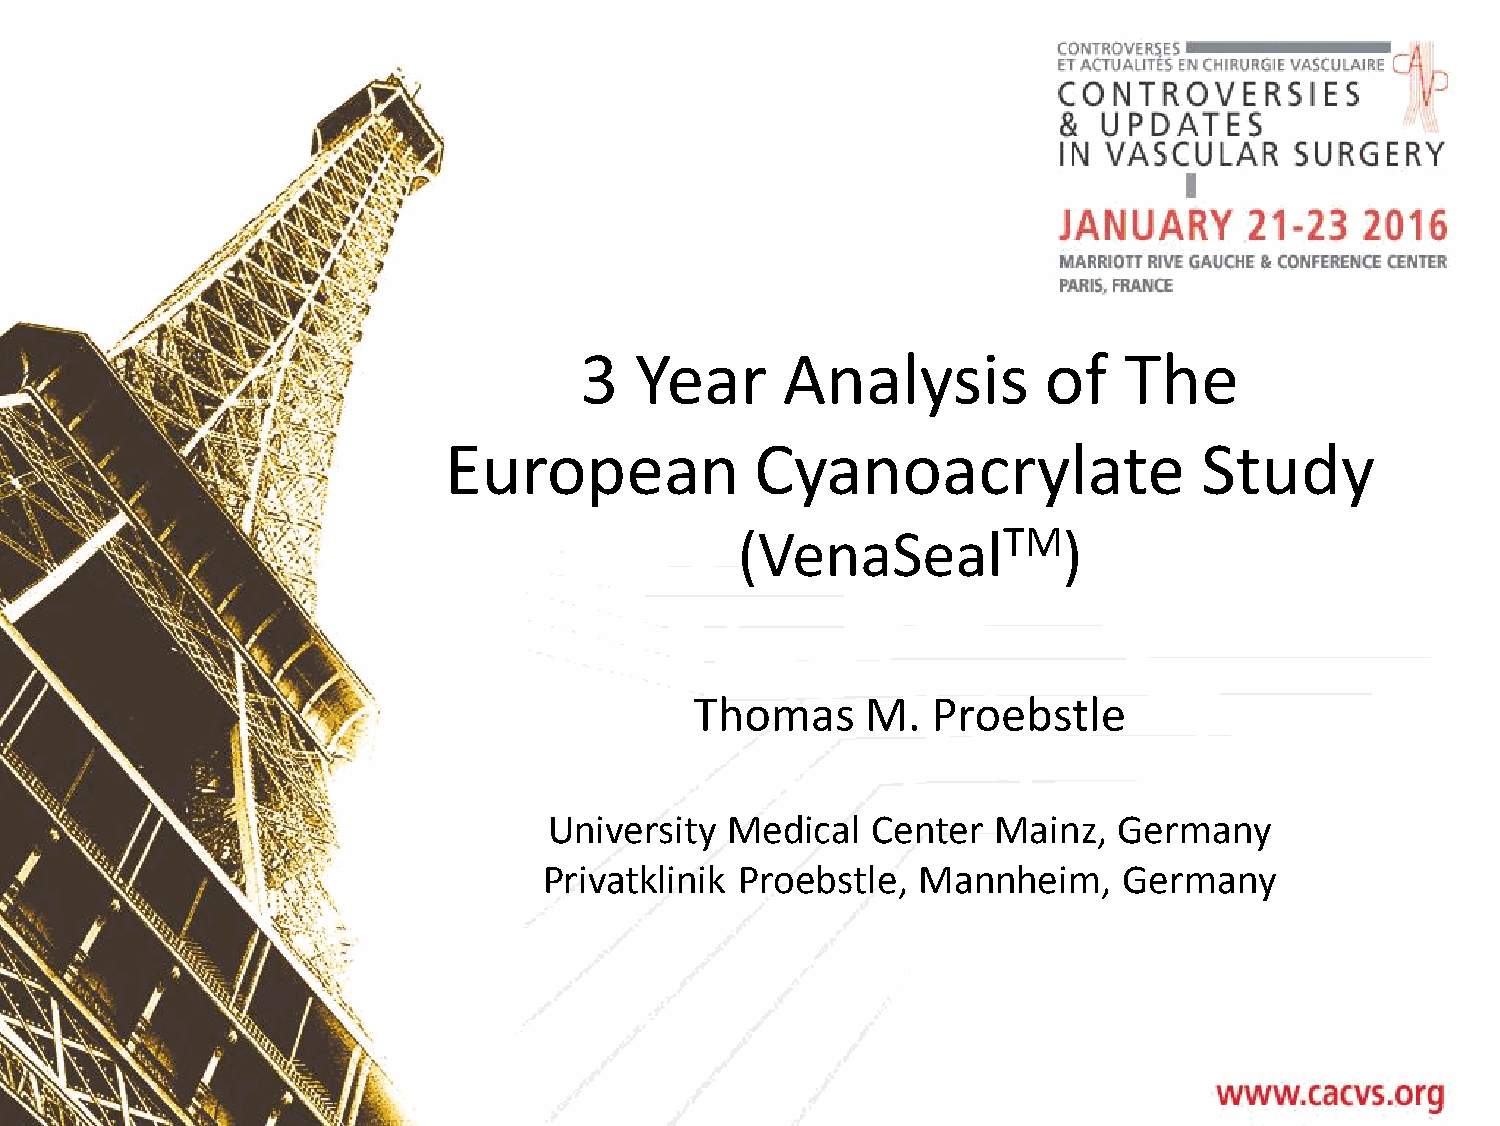
3   Year      Analysis         of   The
 European             Cyanoacrylate                 Study
 (VenaSealTM)
 Thomas     M.   Proebstle
 Sub     title
 University  Medical   Center  Mainz,  Germany
 Privatklinik Proebstle,  Mannheim,    Germany